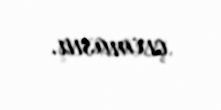
çıxmasın.